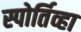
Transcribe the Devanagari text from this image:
स्पोर्तिव्हा